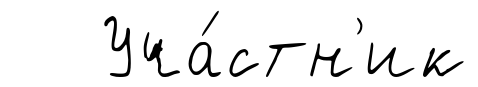
Уча́стн'ик